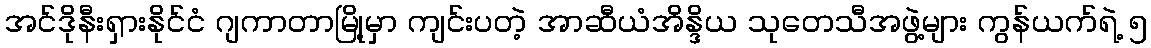
အင်ဒိုနီးရှားနိုင်ငံ ဂျကာတာမြို့မှာ ကျင်းပတဲ့ အာဆီယံအိန္ဒိယ သုတေသီအဖွဲ့များ ကွန်ယက်ရဲ့ ၅